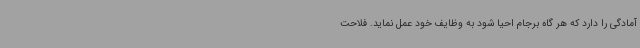
آمادگی را دارد که هر گاه برجام احیا شود به وظایف خود عمل نماید. فلاحت